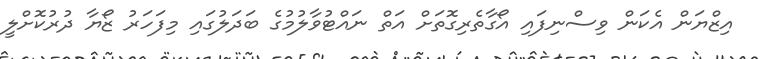
އިޒްޔަން އެކަން ވިސްނިފައި އޯގާތެރިގޮތަށް އަތް ނައްޓުވާލުމުގެ ބަދަލުގައި މިފަހަރު ޒޯޔާ ދުރުކޮށްލީ